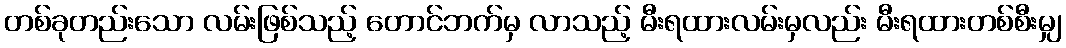
တစ်ခုတည်းသော လမ်းဖြစ်သည့် တောင်ဘက်မှ လာသည့် မီးရထားလမ်းမှလည်း မီးရထားတစ်စီးမျှ